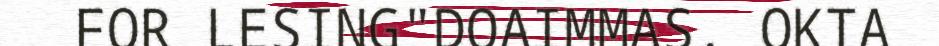
FOR LESING"DOAIMMAS. OKTA